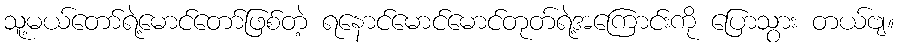
သူ့မယ်တော်ရဲ့မောင်တော်ဖြစ်တဲ့ ရနောင်မောင်မောင်တုတ်ရဲ့အကြောင်းကို ပြောသွား တယ်ဗျ။